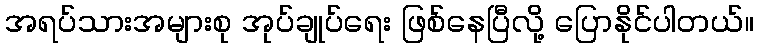
အရပ်သားအများစု အုပ်ချုပ်ရေး ဖြစ်နေပြီလို့ ပြောနိုင်ပါတယ်။